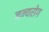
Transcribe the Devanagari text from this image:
जन्‍यरोग